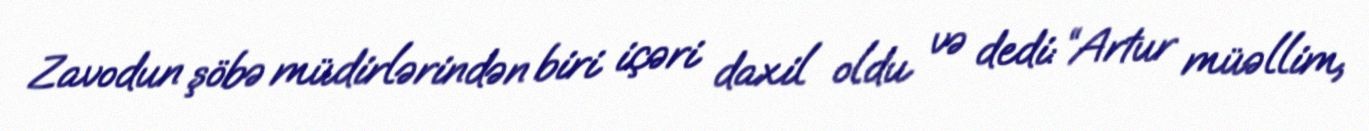
Zavodun şöbə müdirlərindən biri içəri daxil oldu və dedi: “Artur müəllim,